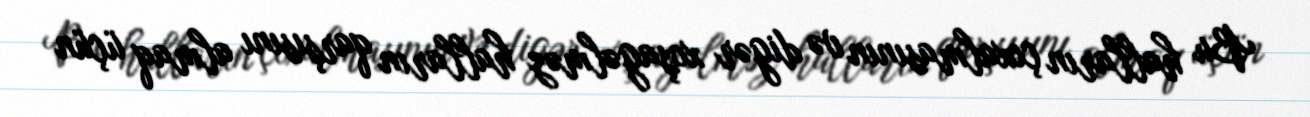
Bu halların çoxalmasının və digər xoşagəlməz halların qarşısını almaq üçün